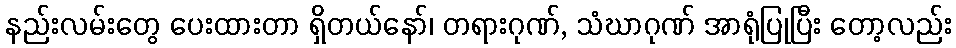
နည်းလမ်းတွေ ပေးထားတာ ရှိတယ်နော်၊ တရားဂုဏ်, သံဃာဂုဏ် အာရုံပြုပြီး တော့လည်း